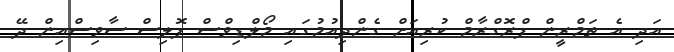
އަދި އެ ތަމްރީން ޕްރޮގްރާމް ކުރިއަށް ގެންދިއުމުގައި މޯލްޑިވްސް ޕޮލިސް ސާވިސްއިން ދޭ